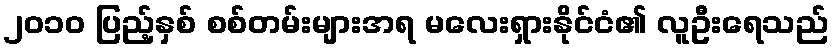
၂၀၁၀ ပြည့်နှစ် စစ်တမ်းများအရ မလေးရှားနိုင်ငံ၏ လူဦးရေသည်